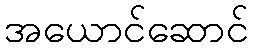
အယောင်ဆောင်